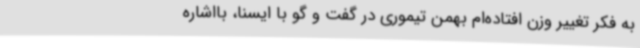
به فکر تغییر وزن افتاده‌ام بهمن تیموری در گفت و گو با ایسنا، بااشاره